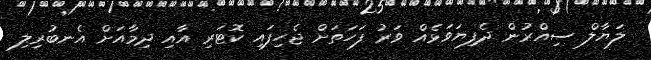
ލަޔާލް ސިއްރުން ދެފިޔަވަޅެއް ވަރު ފަހަތަށް ޖެހިފައި ކޮޓަރި އާއި ދިމާއަށް އެނބުރިލި